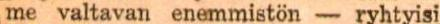
me valtavan enemmistön - ryhtyisi